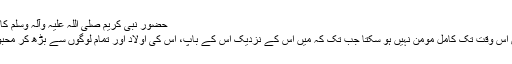
حضور نبی کریم صلی اللہ علیہ وآلہ وسلم کا واضح ارشاد گرامی ہے :
’’تم میں سے کوئی شخص اس وقت تک کامل مومن نہیں ہو سکتا جب تک کہ میں اس کے نزدیک اس کے باپ، اس کی اولاد اور تمام لوگوں سے بڑھ کر محبوب اور عزیز نہ ہو جاؤں۔